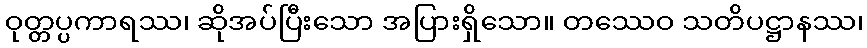
ဝုတ္တပ္ပကာရဿ၊ ဆိုအပ်ပြီးသော အပြားရှိသော။ တဿေဝ သတိပဋ္ဌာနဿ၊